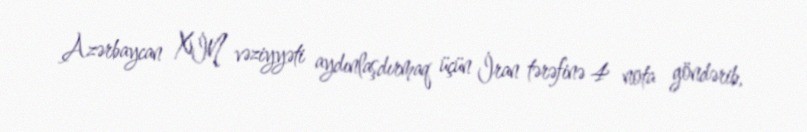
Azərbaycan XİN vəziyyəti aydınlaşdırmaq üçün İran tərəfinə 4 nota göndərib,